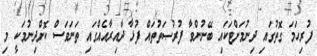
ފުރިހަމަ ގޮތުގައި ދިނުމަށްޓަކައި ބޭނުންވާ ފުރުޞަތުތައް ފުޅާ ދާއިރާއެއްގައި ތަނަވަސް ކޮށްދިނުމަކީ މި